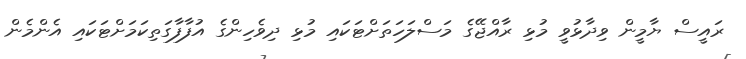
ރައީސް ޔާމީން ވިދާޅުވީ މުޅި ރާއްޖޭގެ މަސްލަހަތަށްޓަކައި މުޅި ދިވެހިންގެ އުފާފާގަތިކަމަށްޓަކައި އެންމެން